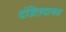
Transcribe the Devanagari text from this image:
दंडितदानव